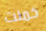
خمنت